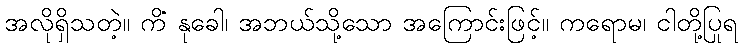
အလိုရှိသတဲ့။ ကိံ နုခေါ၊ အဘယ်သို့သော အကြောင်းဖြင့်။ ကရောမ၊ ငါတို့ပြုရ